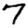
Digit: 7